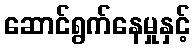
ဆောင်ရွက်နေမှုနှင့်